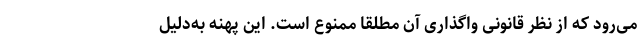
می‌رود که از نظر قانونی واگذاری آن مطلقا ممنوع است. این پهنه به‌دلیل